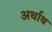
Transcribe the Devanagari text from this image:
अर्थाथ